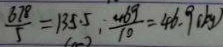
\frac { 6 7 8 } { 5 } = 1 3 5 . 5 , \frac { 4 6 g } { 1 0 } = 4 6 . 9 ( k g )